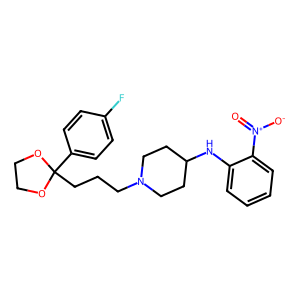
SMILES: O=[N+]([O-])c1ccccc1NC1CCN(CCCC2(c3ccc(F)cc3)OCCO2)CC1
Inhibits HIV replication: No